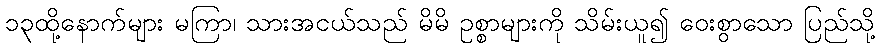
၁၃ထို့နောက်များ မကြာ၊ သားအငယ်သည် မိမိ ဥစ္စာများကို သိမ်းယူ၍ ဝေးစွာသော ပြည်သို့